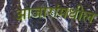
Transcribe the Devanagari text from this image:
आजारांमधील